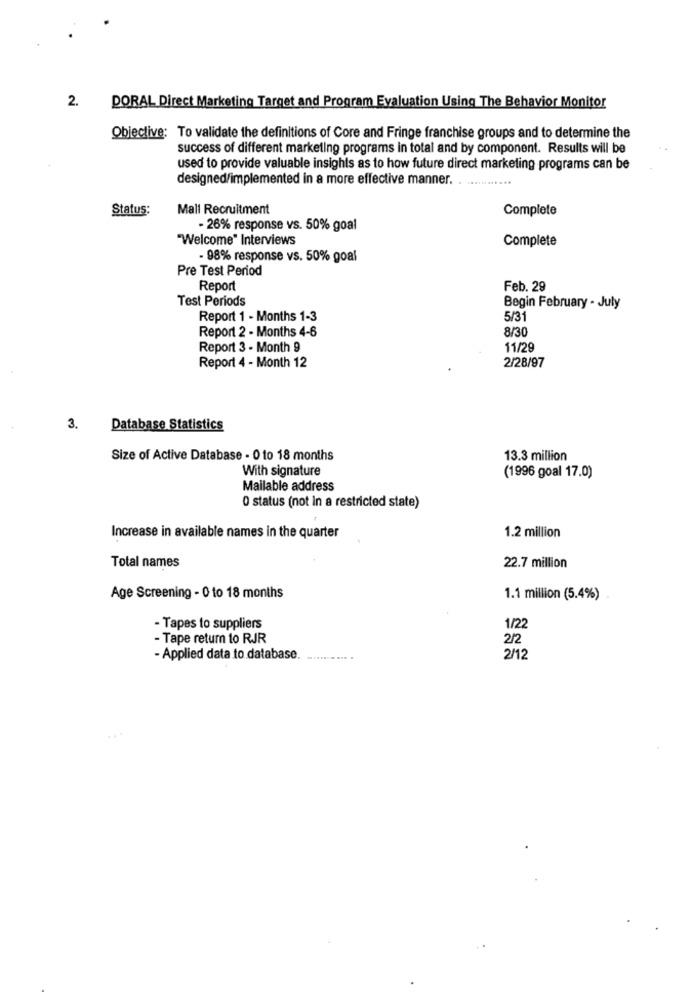
2.
DORAL Direct Marketing Target and Program Evaluation Using The Behavior Monitor
Objective: To validate the definitions of Core and Fringe franchise groups and to determine the
success of different marketing programs in total and by component. Results will be
used to provide valuable insights as to how future direct marketing programs can be
designed/implemented in a more effective manner.
Status:
Mall Recruitment
Complete
- 26% response vs. 50% goal
Welcome" Interviews
Complete
- 98% response vs. 50% goal
Pre Test Period
Report
Feb. 29
Test Periods
Begin February - July
Report 1 - Months 1-3
5/31
8/30
Report 2 - Months 4-6
Report 3 - Month 9
11/29
2/28/97
Report 4 - Month 12
3.
Database Statistics
Size of Active Database - 0 to 18 months
13.3 million
With signature
(1996 goal 17.0)
Mailable address
0 status (not in a restricted state)
Increase in available names in the quarter
1.2 million
Total names
22.7 million
Age Screening - 0 to 18 months
1.1 million (5.4%)
- Tapes to suppliers
1/22
- Tape return to RJR
2/2
- Applied data to database.
2/12
....